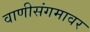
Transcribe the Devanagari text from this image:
वाणीसंगमावर